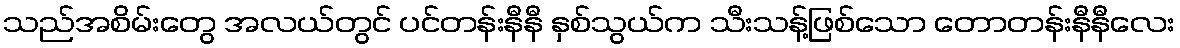
သည်အစိမ်းတွေ အလယ်တွင် ပင်တန်းနီနီ နှစ်သွယ်က သီးသန့်ဖြစ်သော တောတန်းနီနီလေး